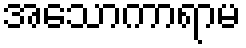
အသောကာရာမ